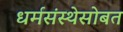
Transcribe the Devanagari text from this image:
धर्मसंस्थेसोबत